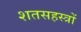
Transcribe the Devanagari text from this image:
शतसहस्त्रों